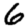
Digit: 6